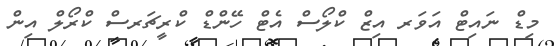
މިޑް ނައިޓް އަވަރ އިޒް ކްލޯސް އެޓް ހޭންޑް ކްރީޗަރސް ކްރޯލް އިން